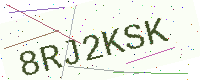
Text: 8RJ2KSK